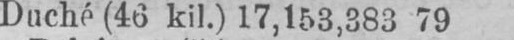
Duché (46 kil.) 17,153,383 79